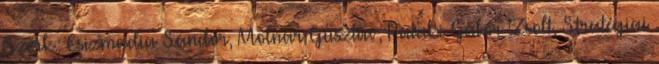
Szerk.: Csizmadia Sándor, Molnár Gusztáv, Pataki Gábor Zsolt, Stratégiai